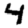
Digit: 4